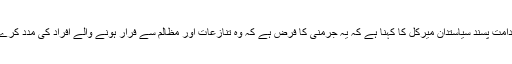
قدامت پسند سیاستدان میرکل کا کہنا ہے کہ یہ جرمنی کا فرض ہے کہ وہ تنازعات اور مظالم سے فرار ہونے والے افراد کی مدد کرے۔